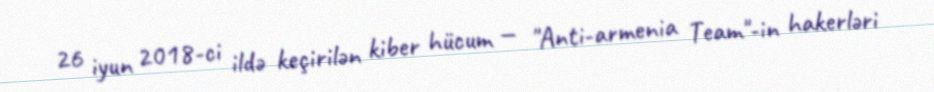
26 iyun 2018-ci ildə keçirilən kiber hücum — "Anti-armenia Team"-in hakerləri